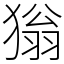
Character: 㺋